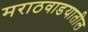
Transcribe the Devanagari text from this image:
मराठवाडयातील